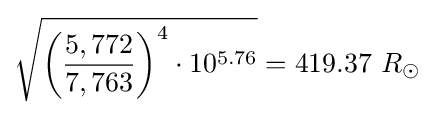
{\sqrt {{\biggl (}{\frac {5,772}{7,763}}{\biggr )}^{4}\cdot 10^{5.76}}}=419.37\ R_{\odot }